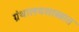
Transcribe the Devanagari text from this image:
ग्रंथालयशास्त्रात